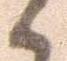
候